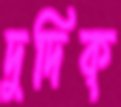
দুদিক্‌